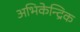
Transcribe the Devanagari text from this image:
अभिकेन्द्रिक